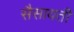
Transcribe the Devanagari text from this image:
सैसायती